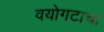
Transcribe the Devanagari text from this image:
वयोगटाचा